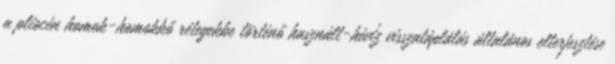
a pliocén homok-homokkő rétegekbe történő használt-hévíz visszatáplálás általános elterjesztése